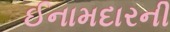
ઈનામદારની